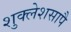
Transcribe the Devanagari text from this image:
शुक्लेशसापै